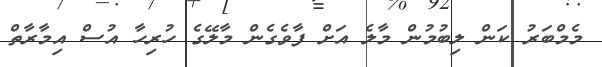
މެމްބަރު ކަން ލިބުމުން މާލެ އަށް ފާވެގެން މާލޭގެ ހުރިހާ އުސް އިމާރާތް